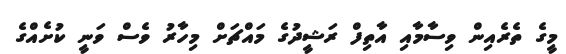
މީގެ ތެރެއިން ވިސާމާއި އާތިފް ރަޝީދުގެ މައްޗަށް މިހާރު ވެސް ވަނީ ކުށެއްގެ